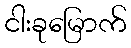
ငါးခုမြောက်